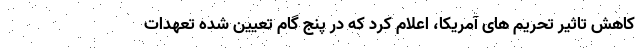
کاهش تاثیر تحریم های آمریکا، اعلام کرد که در پنج گام تعیین شده تعهدات